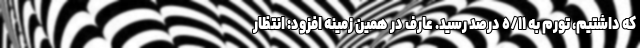
که داشتیم، تورم به ‌٥/١١ درصد رسید. عارف در همین زمینه افزود: انتظار